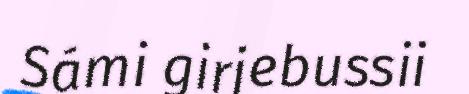
Sámi girjebussii